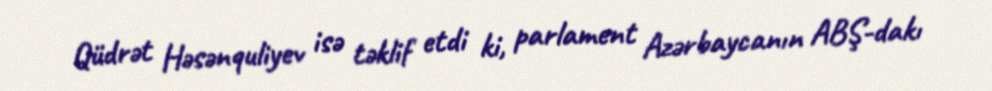
Qüdrət Həsənquliyev isə təklif etdi ki, parlament Azərbaycanın ABŞ-dakı